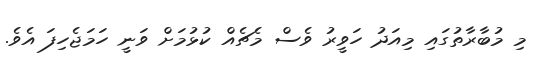
މި މުބާރާތުގައި މިއަދު ހަވީރު ވެސް މެޗެއް ކުޅުމަށް ވަނީ ހަމަޖެހިފަ އެވެ.